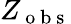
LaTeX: Z_{\mathrm{~o~b~s~}}